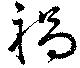
禍